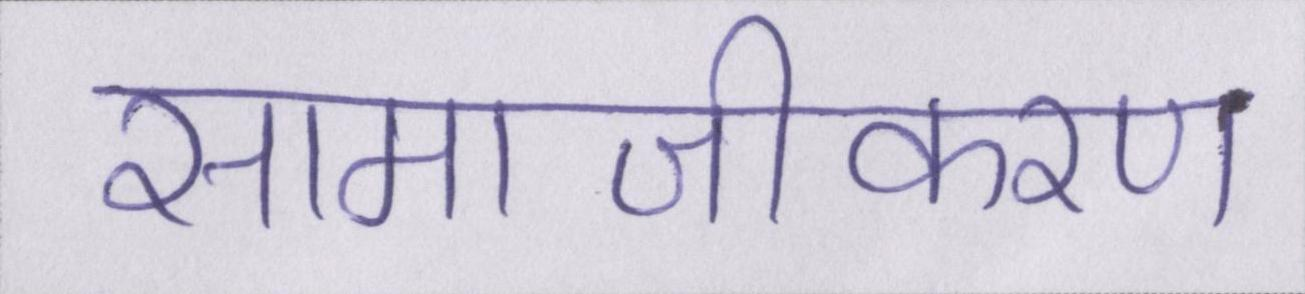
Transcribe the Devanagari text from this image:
सामाजीकरण